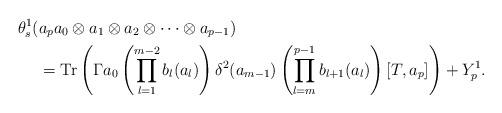
LaTeX: \begin{align*} \theta_s^1(&a_pa_0\otimes a_1\otimes a_2\otimes\cdots\otimes a_{p-1})\\ &= {\rm Tr}\left(\Gamma a_0\left(\prod_{l=1}^{m-2}b_l(a_l)\right)\delta^2(a_{m-1})\left(\prod_{l=m}^{p-1}b_{l+1}(a_l)\right)[T,a_p]\right)+Y^1_p. \end{align*}